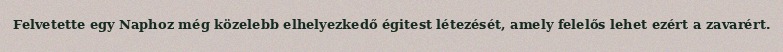
Felvetette egy Naphoz még közelebb elhelyezkedő égitest létezését, amely felelős lehet ezért a zavarért.